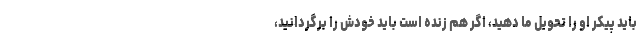
باید پیکر او را تحویل ما دهید، اگر هم زنده است باید خودش را برگردانید،